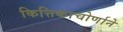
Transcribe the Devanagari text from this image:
कित्तिकाचोर्णाने